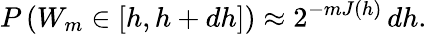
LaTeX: P\left(W_{m}\in[h,h+dh]\right)\approx 2^{-mJ(h)}\, dh.